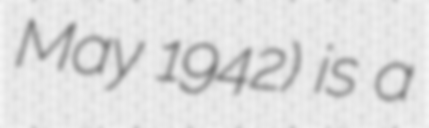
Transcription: May 1942) is a